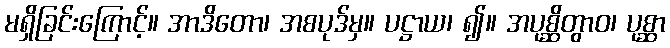
မရှိခြင်းကြောင့်။ အာဒိတော၊ အစပုဒ်မှ။ ပဋ္ဌာယ၊ ၍။ အပုစ္ဆိတွာဝ၊ ပုစ္ဆာ